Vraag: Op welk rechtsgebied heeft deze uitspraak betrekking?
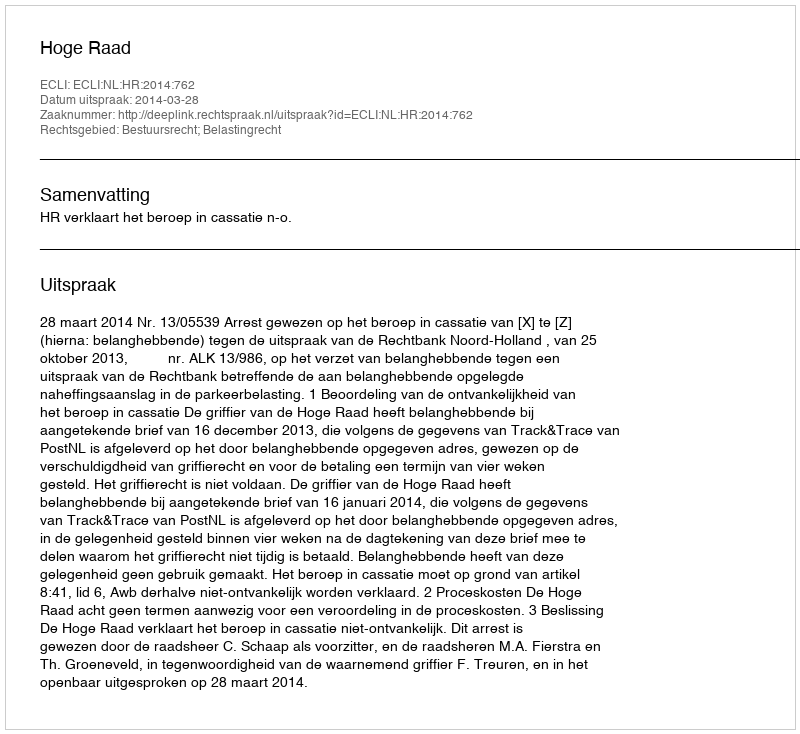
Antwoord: Bestuursrecht; Belastingrecht